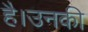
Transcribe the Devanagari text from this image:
है।उनकी